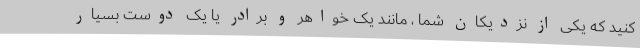
کنید که یکی از نزدیکان شما ، مانند یک خواهر و برادر یا یک دوست بسیار